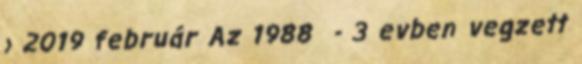
› 2019 február Az 1988 - 3 evben vegzett